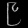
Digit: ၉